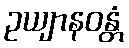
ဥယျာနဝန္တံ